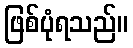
ဖြစ်ပုံရသည်။